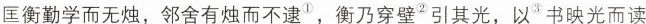
匡衡勤学而无烛，邻舍有烛而不逮^{①}，衡乃穿壁^{②}引其光，以^{③}书映光而读